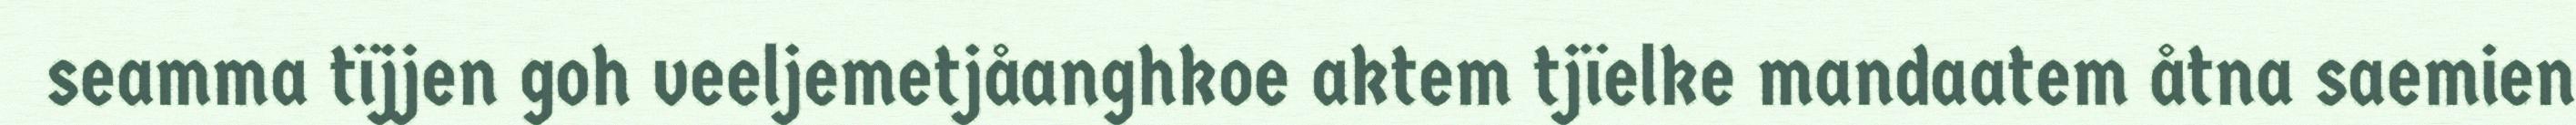
seamma tïjjen goh veeljemetjåanghkoe aktem tjïelke mandaatem åtna saemien